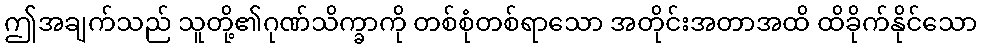
ဤအချက်သည် သူတို့၏ဂုဏ်သိက္ခာကို တစ်စုံတစ်ရာသော အတိုင်းအတာအထိ ထိခိုက်နိုင်သော